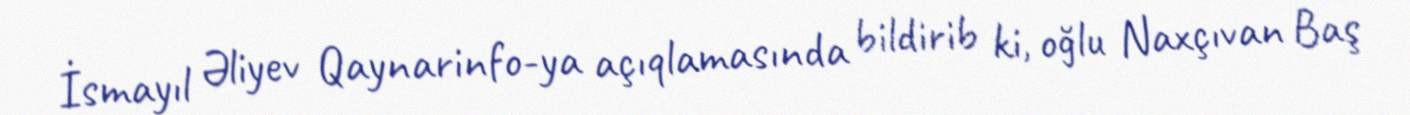
İsmayıl Əliyev Qaynarinfo-ya açıqlamasında bildirib ki, oğlu Naxçıvan Baş